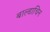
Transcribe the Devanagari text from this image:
बाल्डाचिन